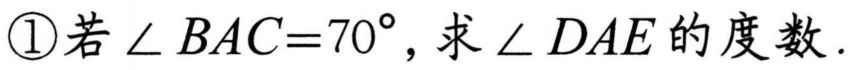
\textcircled{1}若\(\angle BAC = 70^{\circ}\)，求\(\angle DAE\)的度数.